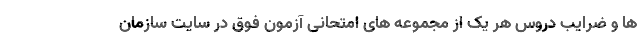
ها و ضرایب دروس هر یک از مجموعه های امتحانی آزمون فوق در سایت سازمان